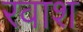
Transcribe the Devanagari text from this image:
रवाश